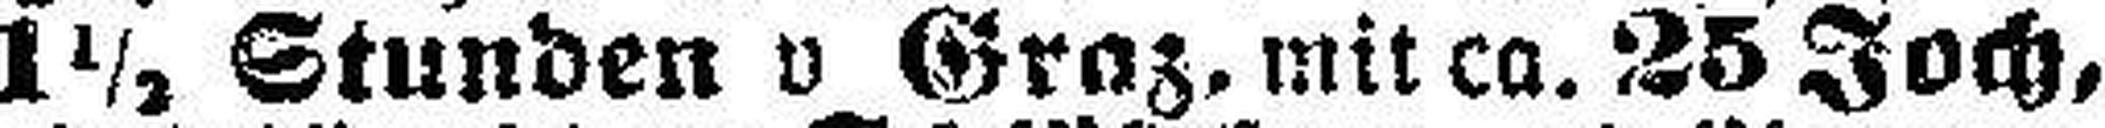
1½ Stunden v Graz. mit ca. 25 Joch,